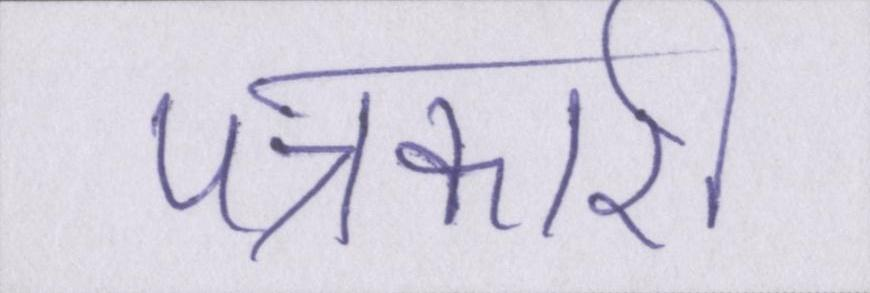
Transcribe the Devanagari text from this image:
पत्रकारी